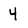
Character: 4